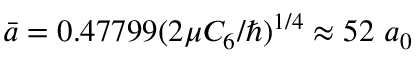
\bar { a } = 0 . 4 7 7 9 9 ( 2 \mu C _ { 6 } / \hbar ) ^ { 1 / 4 } \approx 5 2 ~ a _ { 0 }